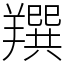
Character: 䍻